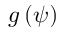
g \left( \psi \right)